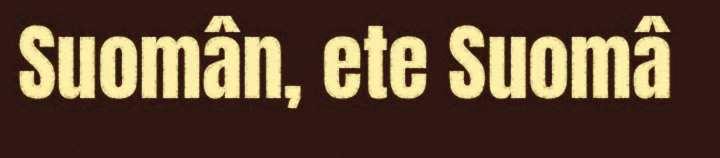
Suomân, ete Suomâ